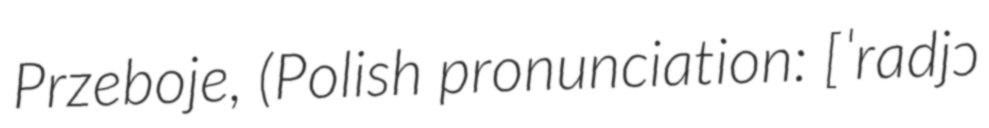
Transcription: Przeboje, (Polish pronunciation: [ˈradjɔ